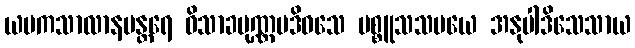
ယမကသာလာနမန္တရေ ဝိသာခပုဏ္ဏမဒိဝသေ ပစ္စူသသမယေ အနုပါဒိသေသာယ